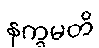
နက္ခမတိ